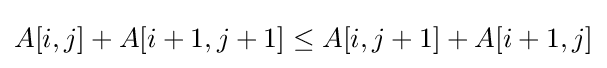
A[i,j]+A[i+1,j+1]\leq A[i,j+1]+A[i+1,j]